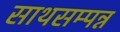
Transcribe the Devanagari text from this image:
साथसम्पन्न